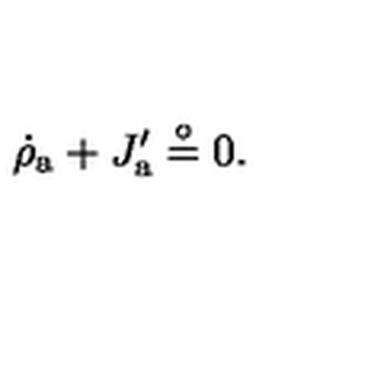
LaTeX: \dot { \rho } _ { \mathrm { a } } + J _ { \mathrm { a } } ^ { \prime } \stackrel { \circ } { = } 0 .